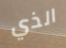
الذي